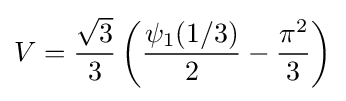
V={\frac {\sqrt {3}}{3}}\left({\frac {\psi _{1}(1/3)}{2}}-{\frac {\pi ^{2}}{3}}\right)